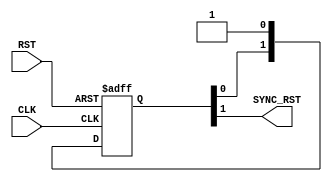
module RST_SYNC # (parameter NUM_STAGES = 2 )
(
 input    wire     RST,
 input    wire     CLK,
 output   wire     SYNC_RST
);

//internal connections
		
reg   [NUM_STAGES-1:0]    sync_reg;
		

//double flop synchronizer
always @(posedge CLK or negedge RST)
 begin
  if(!RST)      // active low
   begin
    sync_reg <= 'b0 ;
   end
  else
   begin
    sync_reg <= {sync_reg[NUM_STAGES-2:0],1'b1} ;
   end  
 end
 
 
assign  SYNC_RST = sync_reg[NUM_STAGES-1] ;



endmodule